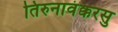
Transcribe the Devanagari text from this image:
तिरुनावंक्करसु